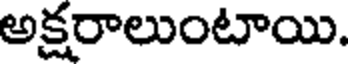
అక్షరాలుంటాయి.